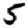
Digit: 5